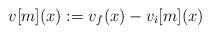
LaTeX: \begin{align*} v[m](x) := v_{f}(x) - v_{i}[m](x)\end{align*}